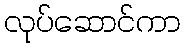
လုပ်ဆောင်ကာ